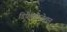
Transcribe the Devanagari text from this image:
डिफ्रेगमेन्टेशन